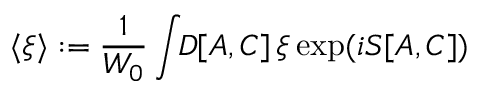
\langle \xi \rangle : = { \frac { 1 } { W _ { 0 } } } \int \! \! { \cal D } [ A , C ] \, \xi \exp ( i S [ A , C ] )